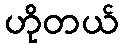
ဟိုတယ်